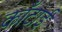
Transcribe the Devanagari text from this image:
काँटाई